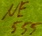
Text: NE555